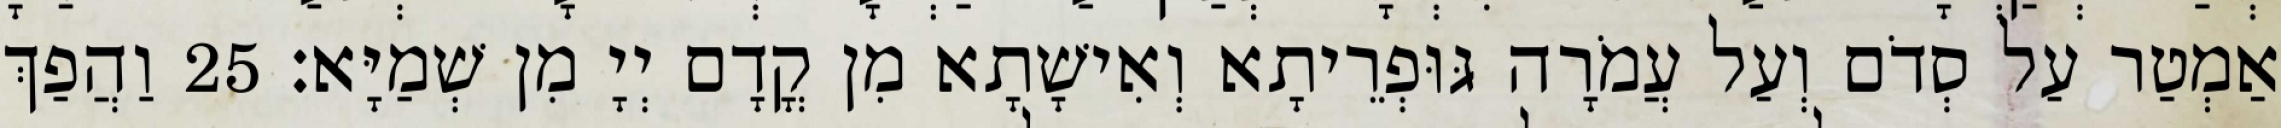
אַמְטַר עַל סְדֹם וְעַל עֲמֹרָה גּוּפְרֵיתָא וְאִישָׁתָא מִן קֳדָם יְיָ מִן שְׁמַיָּא׃ 25 וַהֲפַךְ